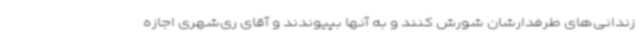
زندانی‌های طرفدارشان شورش کنند و به آنها بپیوندند و آقای ری‌شهری اجازه